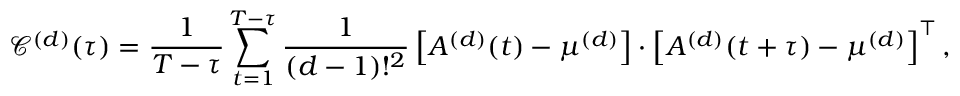
\footnotesize \mathscr { C } ^ { ( d ) } ( \tau ) = \frac { 1 } { T - \tau } \sum _ { t = 1 } ^ { T - \tau } \frac { 1 } { ( d - 1 ) ! ^ { 2 } } \left[ A ^ { ( d ) } ( t ) - \mu ^ { ( d ) } \right] \cdot \left[ A ^ { ( d ) } ( t + \tau ) - \mu ^ { ( d ) } \right] ^ { \intercal } ,